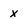
Character: x